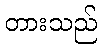
တားသည်